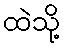
ထဲသို့